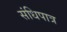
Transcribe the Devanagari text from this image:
संधिपात्र